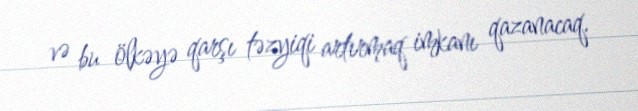
və bu ölkəyə qarşı təzyiqi artırmaq imkanı qazanacaq.